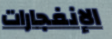
الإنفجارات